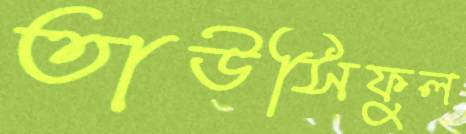
তাউসিফুল